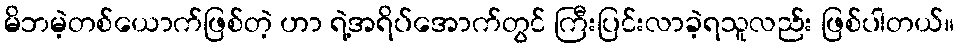
မိဘမဲ့တစ်ယောက်ဖြစ်တဲ့ ဟာ ရဲ့အရိပ်အောက်တွင် ကြီးပြင်းလာခဲ့ရသူလည်း ဖြစ်ပါတယ်။